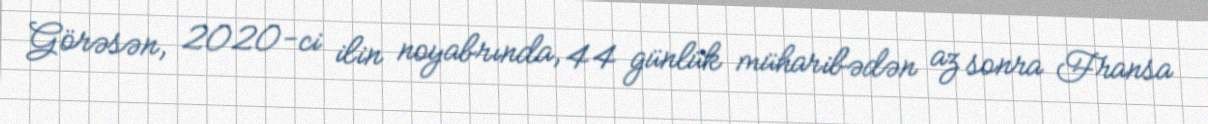
Görəsən, 2020-ci ilin noyabrında, 44 günlük müharibədən az sonra Fransa